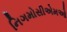
નિગમોસીએમઓ